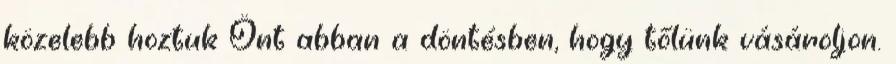
közelebb hoztuk Önt abban a döntésben, hogy tőlünk vásároljon.